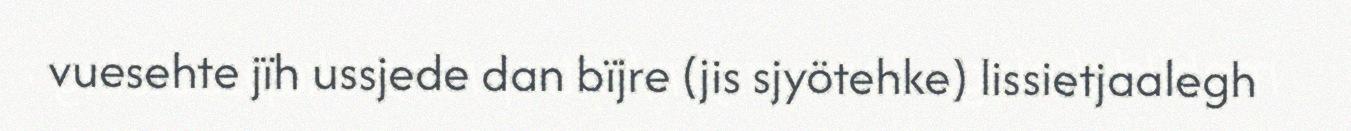
vuesehte jïh ussjede dan bïjre (jis sjyötehke) lissietjaalegh